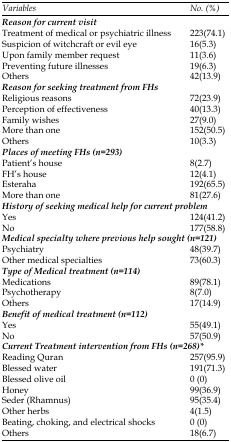
| Variables | No. (%) |
 | --- | --- |
 | Reason for current visit |  |
 | Treatment of medical or psychiatric illness | 223(74.1) |
 | Suspicion of witchcraft or evil eye | 16(5.3) |
 | Upon family member request | 11(3.6) |
 | Preventing future illnesses | 19(6.3) |
 | Others | 42(13.9) |
 | Reason for seeking treatment from FHs |  |
 | Religious reasons | 72(23.9) |
 | Perception of effectiveness | 40(13.3) |
 | Family wishes | 27(9.0) |
 | More than one | 152(50.5) |
 | Others | 10(3.3) |
 | Places of meeting FHs (n=293) |  |
 | Patient’s house | 8(2.7) |
 | FH’s house | 12(4.1) |
 | Esteraha | 192(65.5) |
 | More than one | 81(27.6) |
 | History of seeking medical help for current problem |  |
 | Yes | 124(41.2) |
 | No | 177(58.8) |
 | Medical specialty where previous help sought (n=121) |  |
 | Psychiatry | 48(39.7) |
 | Other medical specialties | 73(60.3) |
 | Type of Medical treatment (n=114) |  |
 | Medications | 89(78.1) |
 | Psychotherapy | 8(7.0) |
 | Others | 17(14.9) |
 | Benefit of medical treatment (n=112) |  |
 | Yes | 55(49.1) |
 | No | 57(50.9) |
 | Current Treatment intervention from FHs (n=268)* |  |
 | Reading Quran | 257(95.9) |
 | Blessed water | 191(71.3) |
 | Blessed olive oil | 0 (0) |
 | Honey | 99(36.9) |
 | Seder (Rhamnus) | 95(35.4) |
 | Other herbs | 4(1.5) |
 | Beating, choking, and electrical shocks | 0 (0) |
 | Others | 18(6.7) |